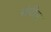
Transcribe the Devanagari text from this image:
संपीड़